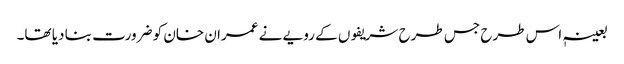
بعینہٖ اس طرح جس طرح شریفوں کے رویے نے عمران خان کو ضرورت بنا دیا تھا۔